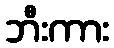
ဘီးကား